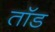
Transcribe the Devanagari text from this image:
तॉड